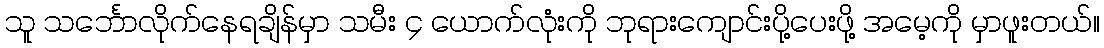
သူ သင်္ဘောလိုက်နေရချိန်မှာ သမီး ၄ ယောက်လုံးကို ဘုရားကျောင်းပို့ပေးဖို့ အမေ့ကို မှာဖူးတယ်။